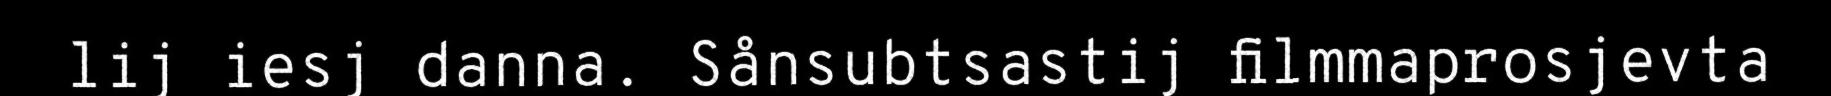
lij iesj danna. Sånsubtsastij filmmaprosjevta